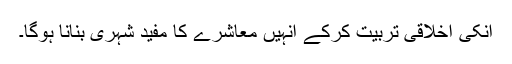
انکی اخلاقی تربیت کرکے انہیں معاشرے کا مفید شہری بنانا ہوگا۔